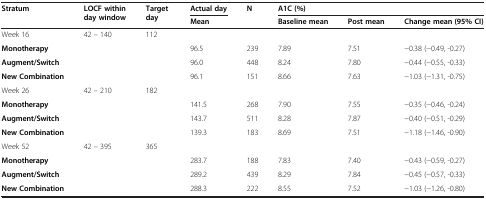
| <ROWSPAN=2> Stratum | <ROWSPAN=2> LOCF within day window | <ROWSPAN=2> Target day | Actual day | <ROWSPAN=2> N | <COLSPAN=3> A1C (%) |
 | Mean | Baseline mean | Post mean | Change mean (95% CI) |
 | --- | --- | --- | --- | --- | --- | --- | --- |
 | Week 16 | 42 – 140 | 112 |  |  |  |  |  |
 | Monotherapy |  |  | 96.5 | 239 | 7.89 | 7.51 | −0.38 (−0.49, -0.27) |
 | Augment/Switch |  |  | 96.0 | 448 | 8.24 | 7.80 | −0.44 (−0.55, -0.33) |
 | New Combination |  |  | 96.1 | 151 | 8.66 | 7.63 | −1.03 (−1.31, -0.75) |
 | Week 26 | 42 – 210 | 182 |  |  |  |  |  |
 | Monotherapy |  |  | 141.5 | 268 | 7.90 | 7.55 | −0.35 (−0.46, -0.24) |
 | Augment/Switch |  |  | 143.7 | 511 | 8.28 | 7.87 | −0.40 (−0.51, -0.29) |
 | New Combination |  |  | 139.3 | 183 | 8.69 | 7.51 | −1.18 (−1.46, -0.90) |
 | Week 52 | 42 – 395 | 365 |  |  |  |  |  |
 | Monotherapy |  |  | 283.7 | 188 | 7.83 | 7.40 | −0.43 (−0.59, -0.27) |
 | Augment/Switch |  |  | 289.2 | 439 | 8.29 | 7.84 | −0.45 (−0.57, -0.33) |
 | New Combination |  |  | 288.3 | 222 | 8.55 | 7.52 | −1.03 (−1.26, -0.80) |